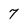
Character: 7